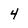
Character: 4